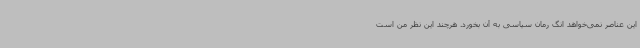
این عناصر نمی‌خواهد انگ رمان سیاسی به آن بخورد. هرچند این نظر من است